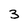
Character: 3